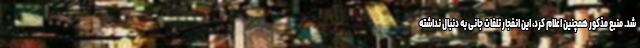
شد. منبع مذکور همچنین اعلام کرد، این انفجار تلفات جانی به دنبال نداشته